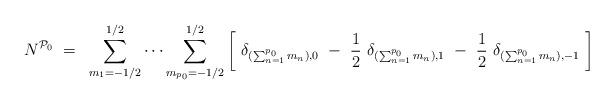
LaTeX: \begin{align*}N^{{\cal P}_0}~=~\sum_{m_1= -1/2}^{1/2} \cdots \sum_{m_{p_0}=-1/2}^{1/2}\left[ ~\delta_{(\sum_{n=1}^{p_0} m_n), 0}~-~\frac12~ \delta_{(\sum_{n=1}^{p_0}m_n), 1}~-~\frac12 ~\delta_{(\sum_{n=1}^{p_0} m_n), -1} ~\right ]\end{align*}